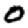
Digit: 0